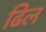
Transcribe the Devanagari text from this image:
ढिल